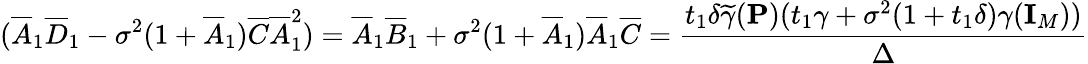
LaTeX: (\overline{{A}}_{1}\overline{{D}}_{1}-\sigma^{2}(1+\overline{{A}}_{1})\overline{{C}}\overline{{A}}_{1}^{2})=\overline{{A}}_{1}\overline{{B}}_{1}+\sigma^{2}(1+\overline{{A}}_{1})\overline{{A}}_{1}\overline{{C}}=\frac{t_{1}\delta\widetilde{\gamma}({\mathbf{P}})(t_{1}\gamma+\sigma^{2}(1+t_{1}\delta)\gamma({\mathbf{I}}_{M}))}{\Delta}